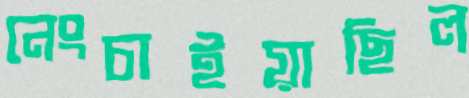
নেংচাইয়াছিল